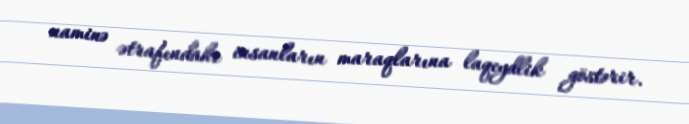
naminə ətrafındakı insanların maraqlarına laqeydlik göstərir.